Annual report on the Civil Veterinary Department, Burma (including the Insein Veterinary School) - 1932-1941
Year: 1932
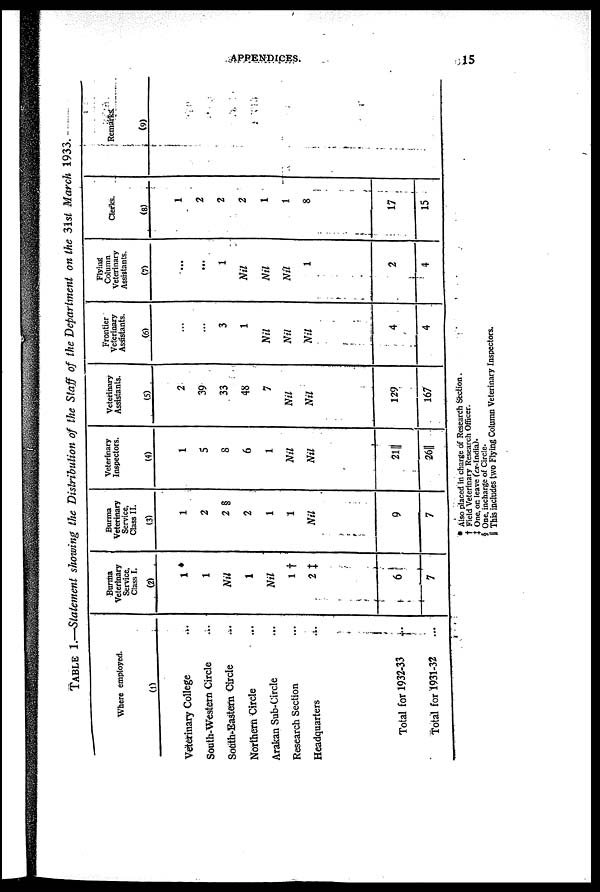
APPENDICES.
15
TABLE 1.—Statement showing the Distribution of the Staff of the Department on the 3lsi March 1933.
Where employed.
(1)
Veterinary College ...
South-Westem Circle ...
South-Eastern Circle ...
Northern Circle ...
Arakan Sub-Circle ...
Research Section ...
Headquarters ...
Total for 1932-33
...
Total for 1931-32 ...
Burma
Veterinary
Service.
Class I.
(2)
1*
1
Nil
1
Nil
1†
2‡
6
7
Burma
Veterinary
Service.
Class II.
(3)
1
2
2 §
2
1
1
Nil
9
7
Veterinary
Inspectors.
(4)
1
5
8
6
1
Nil
Nil
21||
26||
Veterinary
Assistants.
(5)
2
39
33
48
7
Nil
Nil
129
167
Frontier
Veterinary
Assistants.
(6)
...
...
3
1
Nil
Nil
Nil
4
4
Flying
Column
Veterinary
Assistants.
(7)
...
...
1
Nil
Nil
Nil
1
2
4
Clerks.
(8)
1
2
2
2
1
1
8
17
15
Remarks.
(9)
* Also placed in charge of Research Section.
† Field Veterinary Research Officer.
‡ One, on leave (ex-India).
§ One, incharge of Circle.
|| This includes two Flying Column Veterinary Inspectors.